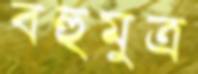
বহুমুত্র